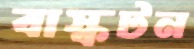
বাস্কটন